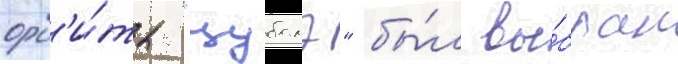
орб'и́ты "цубамэ" бы́л вы́бран